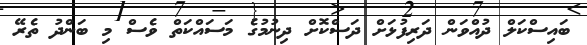
ބައިސްކަލް ދުއްވަން ދަރިފުޅަށް ދަސްކޮށް ދިނުމުގެ މަސައްކަތް ވެސް މި ބަންދު ތެރޭ